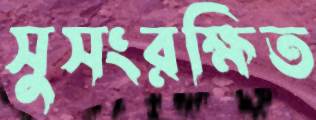
সুসংরক্ষিত